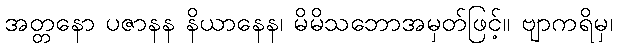
အတ္တနော ပဇာနန နိယာနေန၊ မိမိသဘောအမှတ်ဖြင့်။ ဗျာကရိမှ၊